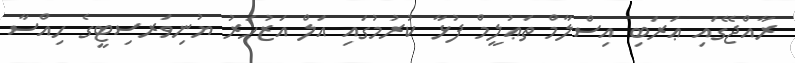
ރާއްޖޭގައި ޢަރަބި އިސްލާމް ތަޢުލީމް ފުޅާ ކުރުމުގައި އަލް އަޒުހަރު ޔުނިވަރސިޓީގެ ހިއްސާ